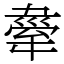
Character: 舝